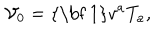
LaTeX: { \ \mathcal { V } } _ { 0 } = \mathrm { { \bf ~ 1 } } v ^ { a } T _ { a } ,